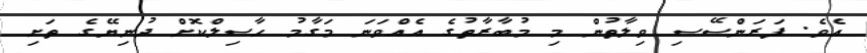
އެވެ. ފަރަންސޭސި ވިލާތުން މި މުބާރާތުގެ އެއްވަނަ މަގާމު ހާސިލްކޮށް ދުނިޔޭގެ ތަށި